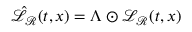
\hat { \mathcal { L } } _ { \mathcal { R } } ( t , x ) = \Lambda \odot \mathcal { L } _ { \mathcal { R } } ( t , x )